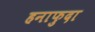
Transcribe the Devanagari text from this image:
हनाफुदा